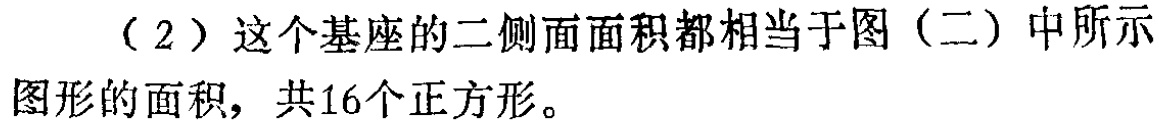
（2）这个基座的二侧面面积都相当于图（二）中所示图形的面积，共16个正方形。